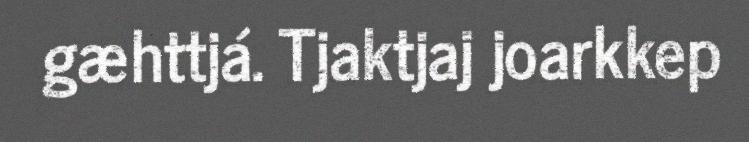
gæhttjá. Tjaktjaj joarkkep